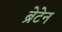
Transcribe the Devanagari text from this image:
ब्रेटेन